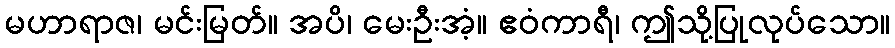
မဟာရာဇ၊ မင်းမြတ်။ အပိ၊ မေးဦးအံ့။ ဧဝံကာရီ၊ ဤသို့ပြုလုပ်သော။